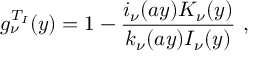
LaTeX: g _ { \nu } ^ { T _ { I } } ( y ) = 1 - { \frac { i _ { \nu } ( a y ) K _ { \nu } ( y ) } { k _ { \nu } ( a y ) I _ { \nu } ( y ) } } ~ ,